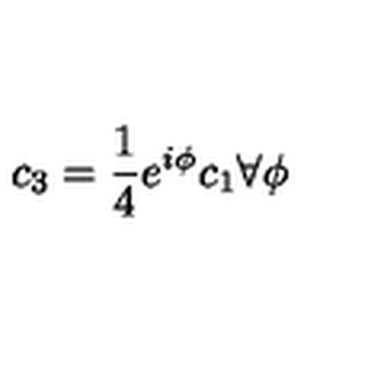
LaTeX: c _ { 3 } = \frac { 1 } { 4 } e ^ { i \phi } c _ { 1 } \forall \phi